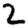
Digit: 2